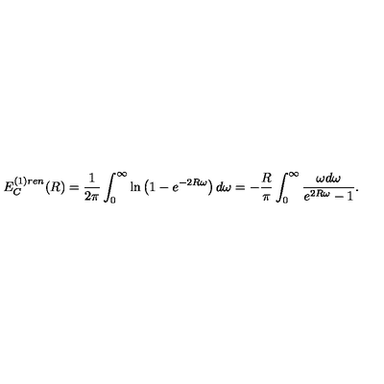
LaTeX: E _ { C } ^ { ( 1 ) r e n } ( R ) = \frac { 1 } { 2 \pi } \int _ { 0 } ^ { \infty } \ln \left( 1 - e ^ { - 2 R \omega } \right) d \omega = - \frac { R } { \pi } \int _ { 0 } ^ { \infty } \frac { \omega d \omega } { e ^ { 2 R \omega } - 1 } .